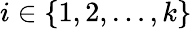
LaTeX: i\in\left\{ {1,2,\dots,k}\right\}